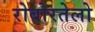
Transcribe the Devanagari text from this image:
रोबोरतेलो